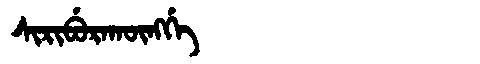
Manchu: ᠰᡳᡵᡳᠪᡠᡵᠠᡴᡡᠩᡤᡝ
Romanization: SIRIBURAKŪNGGE